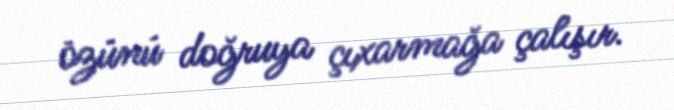
özünü doğruya çıxarmağa çalışır.